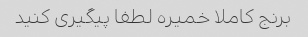
برنج کاملا خمیره لطفا پیگیری کنید